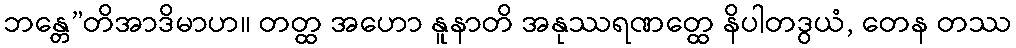
ဘန္တေ”တိအာဒိမာဟ။ တတ္ထ အဟော နူနာတိ အနုဿရဏတ္ထေ နိပါတဒွယံ, တေန တဿ